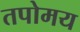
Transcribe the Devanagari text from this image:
तपोमय